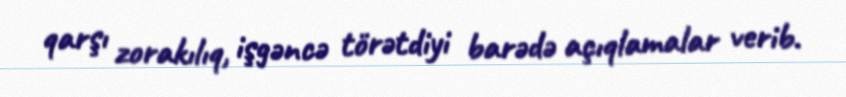
qarşı zorakılıq, işgəncə törətdiyi barədə açıqlamalar verib.